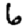
Digit: 6